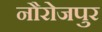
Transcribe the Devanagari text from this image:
नौरोजपुर